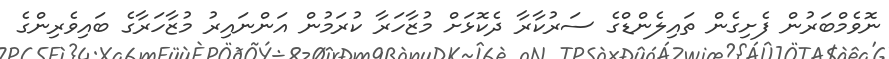
ނޮވެމްބަރުން ފެށިގެން ތައިލެންޑްގެ ސަރުކާރާ ދެކޮޅަށް މުޒާހަރާ ކުރަމުން އަންނައިރު މުޒާހަރާގެ ބައިވެރިންގެ